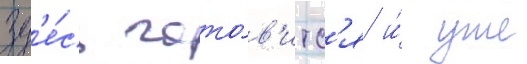
Зд'е́сь гото́в'итс'я и́ уже